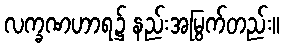
လက္ခဏဟာရ၌ နည်းအမြွက်တည်း။